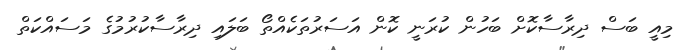
މިއީ ބަސް ދިރާސާކޮށް ބަހުން ކުރަނީ ކޮން އަސަރުތަކެއްތޯ ބަލައި ދިރާސާކުރުމުގެ މަސައްކަތް